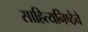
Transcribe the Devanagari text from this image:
साहित्यनिष्ठेचे